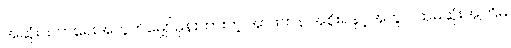
အဆုံးသတ်ရေးအတွက်မျှော်မှန်းထားတဲ့ အာဖကန် အစိုးရနှင့်အတူ ပထမဆုံးအကြိမ်